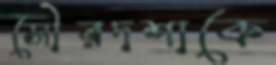
সৌরদশাকে